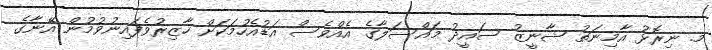
މ. ނިރޮޅު އާމިނަތު ޝާނީޒު ސައީދު މައްސަލާގެ އެއްވެސް އަޑުއެހުމަކަށް ހާޒިރުވެފައިނުވުމުން އޭނާގެ